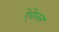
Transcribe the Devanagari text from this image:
ऐवेलन